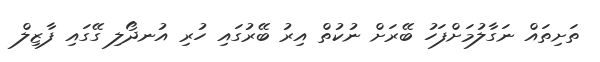
ތަށިތައް ނަގާލުމަށްފަހު ބޭރަށް ނުކުތް އިރު ބޭރުގައި ހުރި އުނދޯލި ގޭގައި ފާޒިލް